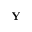
{ \bf Y }